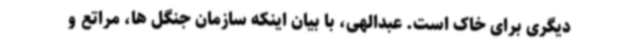
دیگری برای خاک است. عبدالهی، با بیان اینکه سازمان جنگل ها، مراتع و